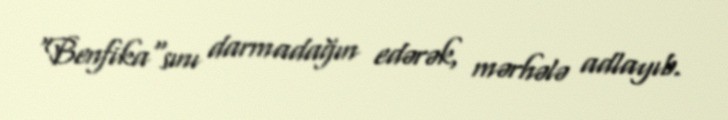
"Benfika"sını darmadağın edərək, mərhələ adlayıb.